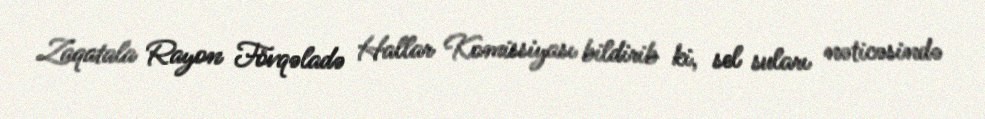
Zaqatala Rayon Fövqəladə Hallar Komissiyası bildirib ki, sel suları nəticəsində